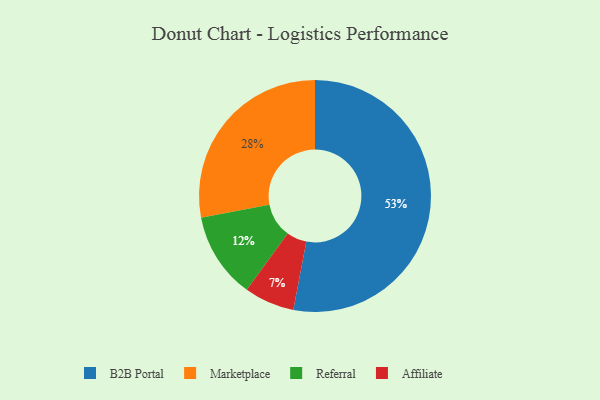
{"axis": {"x": "Category", "y": "Percentage"}, "legend": ["Affiliate", "B2B Portal", "Marketplace", "Referral"], "data": [{"x": "B2B Portal", "y": 53, "type": "B2B Portal"}, {"x": "Marketplace", "y": 28, "type": "Marketplace"}, {"x": "Referral", "y": 12, "type": "Referral"}, {"x": "Affiliate", "y": 7, "type": "Affiliate"}]}